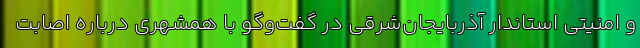
و امنیتی استاندار آذربایجان‌شرقی در گفت‌وگو با همشهری درباره اصابت